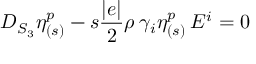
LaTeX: D _ { S _ { 3 } } \eta _ { ( s ) } ^ { p } - s \frac { | e | } { 2 } \rho \: \gamma _ { i } \eta _ { ( s ) } ^ { p } \: E ^ { i } = 0